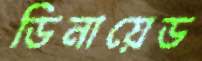
ডিনায়েড